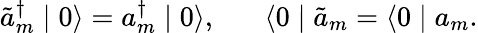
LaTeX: \tilde{a}_{m}^{\dagger}\mid 0\rangle=a_{m}^{\dagger}\mid 0\rangle,\; \; \; \; \; \; \langle 0\mid\tilde{a}_{m}=\langle 0\mid a_{m}.